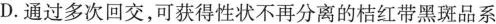
D.通过多次回交，可获得性状不再分离的桔红带黑斑品系